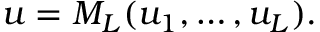
u = M _ { L } ( u _ { 1 } , \dots , u _ { L } ) .